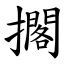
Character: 擱